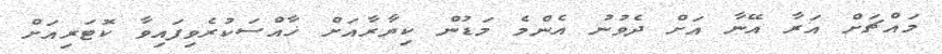
މައްޗަށް އަރާ އޭނާ އަށް ދެވުނު އެންމެ މަޑުން ކިޔާރާއަށް ޚާއްސަކުރެވިފައިވާ ކޮޓަރިއަށް